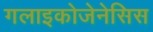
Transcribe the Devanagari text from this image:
गलाइकोजेनेसिस